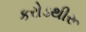
કરોડથીરૂ